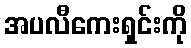
အပလီကေးရှင်းကို